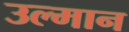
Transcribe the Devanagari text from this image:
उल्मान